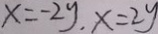
x = - 2 y , x = 2 y